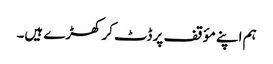
ہم اپنے مؤقف پر ڈٹ کر کھڑے ہیں۔